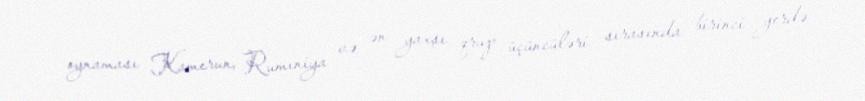
oynaması Kamerun, Rumıniya və ən yaxşı qrup üçüncüləri sırasında birinci yerdə